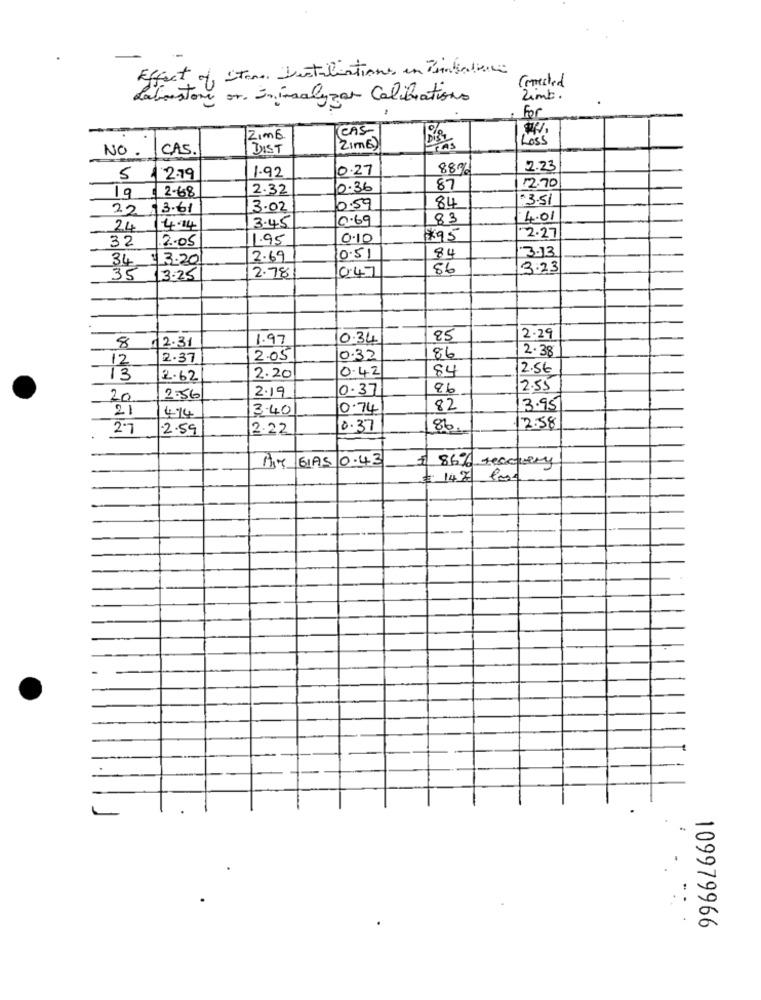
Effect of Stan Destiliations in Pinkabone
Laboustany or. Ininsalyzar Calibrations
Zimb.
For
CAS
Zimb
Loss
NO.
CAS .
DIST
Zimb)
0.27
88%
2.23
5
12.79
1.92
2-68
2.32
0.36
87
12.70
19
$ 3.51
22 3.61
3.02
0.59
84
0.69
83
4.01
24
14.14
3.45
32
2.05
1.95
0.10
#95
2.27
84
3.13
34 13.20
2.69
0.51
0.47
86
3.23
35 / 3-25
2.78
1.97
0.34
85
2.29
12.31
2.38
2.37
2.05
0.32
86
0.42
84
2.56
13
2.62
2.20
2.19
0.37
2.55
20
2:56
21
474
3.40
0.74
82
3.95
2-7
2.59
2.22
0.37
86
12.58
MIT GIAS 0.43
$ 86% rescurry
# 147 los
109979966